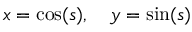
x = \cos ( s ) , \quad y = \sin ( s )